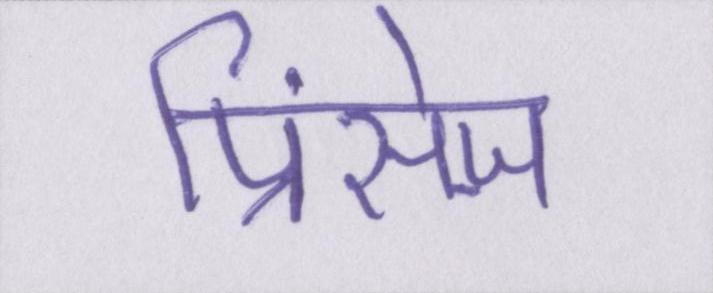
प्रिंसेज़